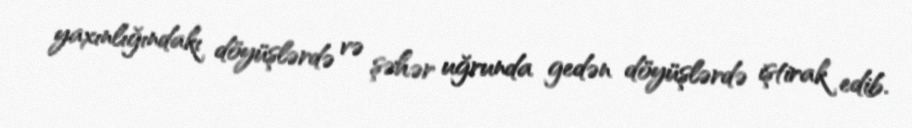
yaxınlığındakı döyüşlərdə və şəhər uğrunda gedən döyüşlərdə iştirak edib.